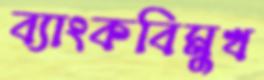
ব্যাংকবিমুখ